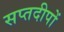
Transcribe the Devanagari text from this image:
सप्तदीपों